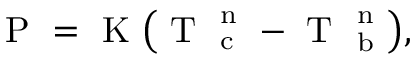
\mathrm { ~ P ~ } = \mathrm { ~ K ~ } \big ( \mathrm { ~ T ~ } _ { \mathrm { ~ c ~ } } ^ { \mathrm { ~ n ~ } } - \mathrm { ~ T ~ } _ { \mathrm { ~ b ~ } } ^ { \mathrm { ~ n ~ } } \big ) ,